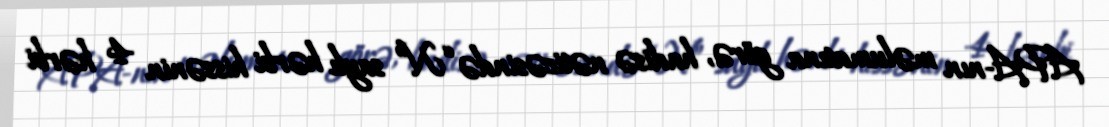
APA-nın məlumatına görə, hadisə nəticəsində “N” saylı hərbi hissənin 4 hərbi